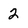
Character: 2